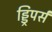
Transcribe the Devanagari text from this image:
ड्ड्रिपर्स